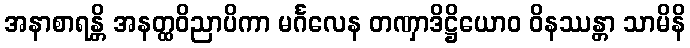
အနာစာရန္တိ အနတ္ထဝိညာပိကာ မင်္ဂလေန တဏှာဒိဋ္ဌိယောဝ ဝိနဿန္တာ သာမိနိ